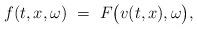
LaTeX: \begin{align*} f(t,x,\omega)~=~F\bigl(v(t,x), \omega\bigr), \end{align*}